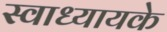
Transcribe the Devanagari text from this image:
स्‍वाध्‍यायके